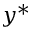
y ^ { * }